Indian journal of veterinary science and animal husbandry - Volume 3,
Year: 1933
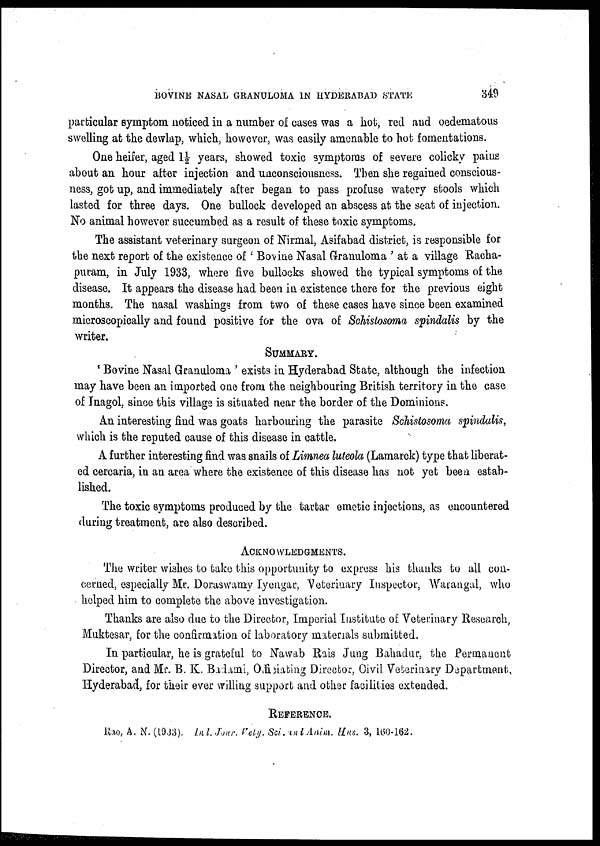
BOVINE NASAL GRANULOMA IN HYDERABAD STATE
349
particular symptom noticed in a number of cases was a hot, red and oedematous
swelling at the dewlap, which, however, was easily amenable to hot fomentations.
One heifer, aged 1½ years, showed toxic symptoms of severe colicky pains
about an hour after injection and unconsciousness. Then she regained conscious-
ness, got up, and immediately after began to pass profuse watery stools which
lasted for three days. One bullock developed an abscess at the seat of injection.
No animal however succumbed as a result of these toxic symptoms.
The assistant veterinary surgeon of Nirmal, Asifabad district, is responsible for
the next report of the existence of ' Bovine Nasal Granuloma ' at a village Racha¬
puram, in July 1933, where five bullocks showed the typical symptoms of the
disease. It appears the disease had been in existence there for the previous eight
months. The nasal washings from two of these cases have since been examined
microscopically and found positive for the ova of Schistosoma spindalis by the
writer.
SUMMARY.
' Bovine Nasal Granuloma ' exists in Hyderabad State, although the infection
may have been an imported one from the neighbouring British territory in the case
of Inagol, since this village is situated near the border of the Dominions.
An interesting find was goats harbouring the parasite Schistosoma spindalis,
which is the reputed cause of this disease in cattle.
A further interesting find was snails of Limnea luteola (Lamarck) type that liberat-
ed cercaria, in an area where the existence of this disease has not yet been estab-
lished.
The toxic symptoms produced by the tartar emetic injections, as encountered
during treatment, are also described.
ACKNOWLEDGMENTS.
The writer wishes to take this opportunity to express his thanks to all con-
cerned, especially Mr. Doraswamy Iyengar, Veterinary Inspector, Warangal, who
helped him to complete the above investigation.
Thanks are also due to the Director, Imperial Institute of Veterinary Research,
Muktesar, for the confirmation of laboratory materials submitted.
In particular, he is grateful to Nawab Rais Jung Bahadur, the Permanent
Director, and Mr. B. K. Badami, Officiating Director, Civil. Veterinary Department,
Hyderabad, for their ever willing support and other facilities extended.
REFERENCE.
Rao, A. N. (1933). Ind Jour. Vety. Sci. and Anim. Hus. 3, 160-162.